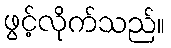
ဖွင့်လိုက်သည်။